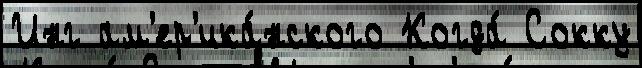
Инг ам'ер'ика́нского Когда́ Сокку